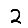
Digit: 2